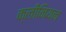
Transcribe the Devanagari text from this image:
क्लीनियन